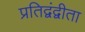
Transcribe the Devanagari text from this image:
प्रतिद्वंद्वीता